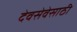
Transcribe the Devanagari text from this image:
देवसेवेसाठी